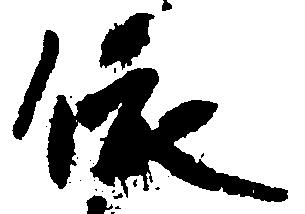
依